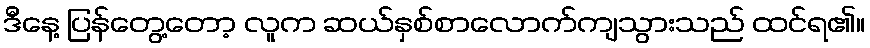
ဒီနေ့ ပြန်တွေ့တော့ လူက ဆယ်နှစ်စာလောက်ကျသွားသည် ထင်ရ၏။